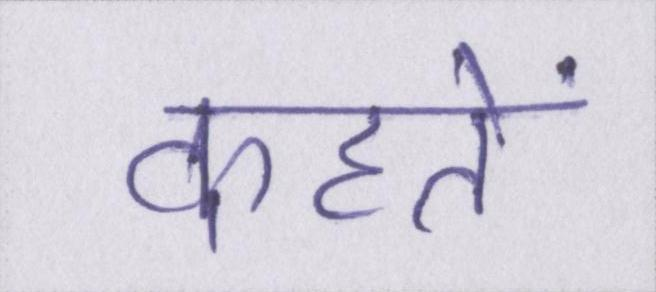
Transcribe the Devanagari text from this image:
कहतें